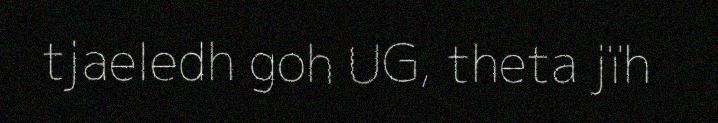
tjaeledh goh UG, theta jïh